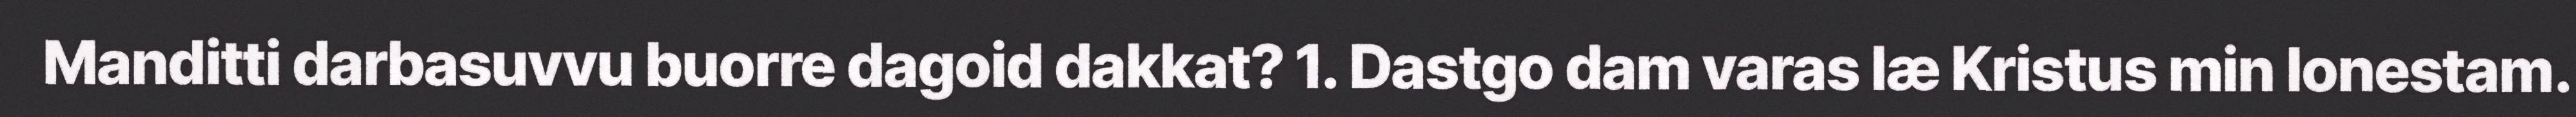
Manditti darbasuvvu buorre dagoid dakkat? 1. Dastgo dam varas læ Kristus min lonestam.